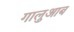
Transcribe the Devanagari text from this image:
गालुआब